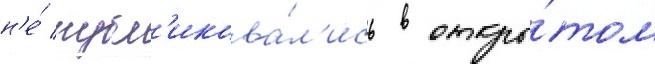
н'е́ публ'икова́л'ись в откры́том